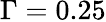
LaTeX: \Gamma=0.25